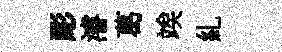
彫濬葛竢糺